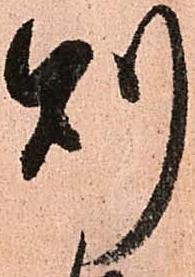
則